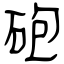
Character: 砲